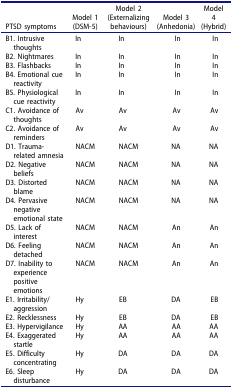
<table><thead><tr><td><b>PTSD symptoms</b></td><td><b>Model 1(DSM-5)</b></td><td><b>Model 2(Externalizing behaviours)</b></td><td><b>Model 3(Anhedonia)</b></td><td><b>Model 4(Hybrid)</b></td></tr></thead><tbody><tr><td>B1. Intrusive thoughts</td><td>In</td><td>In</td><td>In</td><td>In</td></tr><tr><td>B2. Nightmares</td><td>In</td><td>In</td><td>In</td><td>In</td></tr><tr><td>B3. Flashbacks</td><td>In</td><td>In</td><td>In</td><td>In</td></tr><tr><td>B4. Emotional cue reactivity</td><td>In</td><td>In</td><td>In</td><td>In</td></tr><tr><td>B5. Physiological cue reactivity</td><td>In</td><td>In</td><td>In</td><td>In</td></tr><tr><td>C1. Avoidance of thoughts</td><td>Av</td><td>Av</td><td>Av</td><td>Av</td></tr><tr><td>C2. Avoidance of reminders</td><td>Av</td><td>Av</td><td>Av</td><td>Av</td></tr><tr><td>D1. Trauma-related amnesia</td><td>NACM</td><td>NACM</td><td>NA</td><td>NA</td></tr><tr><td>D2. Negative beliefs</td><td>NACM</td><td>NACM</td><td>NA</td><td>NA</td></tr><tr><td>D3. Distorted blame</td><td>NACM</td><td>NACM</td><td>NA</td><td>NA</td></tr><tr><td>D4. Pervasive negative emotional state</td><td>NACM</td><td>NACM</td><td>NA</td><td>NA</td></tr><tr><td>D5. Lack of interest</td><td>NACM</td><td>NACM</td><td>An</td><td>An</td></tr><tr><td>D6. Feeling detached</td><td>NACM</td><td>NACM</td><td>An</td><td>An</td></tr><tr><td>D7. Inability to experience positive emotions</td><td>NACM</td><td>NACM</td><td>An</td><td>An</td></tr><tr><td>E1. Irritability/aggression</td><td>Hy</td><td>EB</td><td>DA</td><td>EB</td></tr><tr><td>E2. Recklessness</td><td>Hy</td><td>EB</td><td>DA</td><td>EB</td></tr><tr><td>E3. Hypervigilance</td><td>Hy</td><td>AA</td><td>AA</td><td>AA</td></tr><tr><td>E4. Exaggerated startle</td><td>Hy</td><td>AA</td><td>AA</td><td>AA</td></tr><tr><td>E5. Difficulty concentrating</td><td>Hy</td><td>DA</td><td>DA</td><td>DA</td></tr><tr><td>E6. Sleep disturbance</td><td>Hy</td><td>DA</td><td>DA</td><td>DA</td></tr></tbody></table>